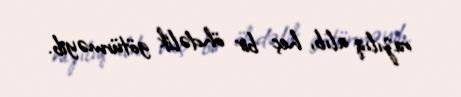
razılıq alıb, heç bir öhdəlik götürməyib.